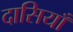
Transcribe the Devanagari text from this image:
दासियाँ